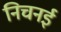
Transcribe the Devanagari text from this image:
निचनई